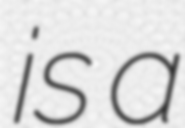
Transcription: is a